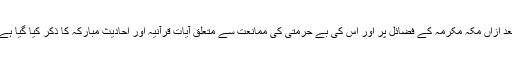
بعد ازاں مکہ مکرمہ کے فضائل پر اور اس کی بے حرمتی کی ممانعت سے متعلق آیاتِ قرآنیہ اور احادیثِ مبارکہ کا ذکر کیا گیا ہے۔